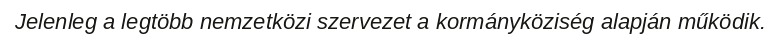
Jelenleg a legtöbb nemzetközi szervezet a kormányköziség alapján működik.